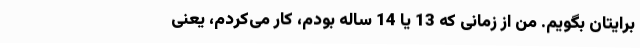
برایتان بگویم. من از زمانی که 13 یا 14 ساله بودم، کار می‌کردم، یعنی